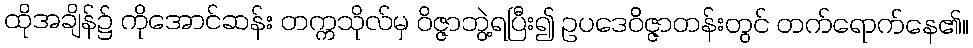
ထိုအချိန်၌ ကိုအောင်ဆန်း တက္ကသိုလ်မှ ဝိဇ္ဇာဘွဲ့ရပြီး၍ ဥပဒေဝိဇ္ဇာတန်းတွင် တက်ရောက်နေ၏။